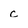
Character: c